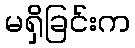
မရှိခြင်းက